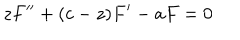
LaTeX: z F ^ { \prime \prime } + ( c - z ) F ^ { \prime } - a F = 0